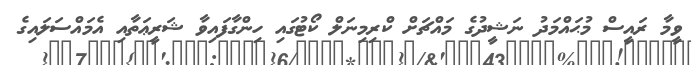
ވީމާ ރައީސް މުޙައްމަދު ނަޝީދުގެ މައްޗަށް ކްރިމިނަލް ކޯޓުގައި ހިންގާފައިވާ ޝަރީޢަތާއި އެމައްސަލައިގެ